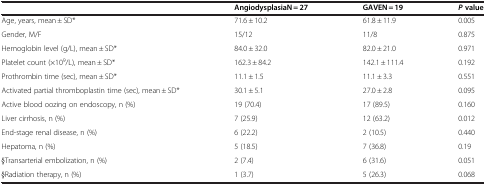
<table><thead><tr><td><b> </b></td><td><b>AngiodysplasiaN = 27</b></td><td><b>GAVEN = 19</b></td><td><b><i>P</i> value</b></td></tr></thead><tbody><tr><td>Age, years, mean ± SD*</td><td>71.6 ± 10.2</td><td>61.8 ± 11.9</td><td>0.005</td></tr><tr><td>Gender, M/F</td><td>15/12</td><td>11/8</td><td>0.875</td></tr><tr><td>Hemoglobin level (g/L), mean ± SD*</td><td>84.0 ± 32.0</td><td>82.0 ± 21.0</td><td>0.971</td></tr><tr><td>Platelet count (×10<sup>9</sup>/L), mean ± SD*</td><td>162.3 ± 84.2</td><td>142.1 ± 111.4</td><td>0.192</td></tr><tr><td>Prothrombin time (sec), mean ± SD*</td><td>11.1 ± 1.5</td><td>11.1 ± 3.3</td><td>0.551</td></tr><tr><td>Activated partial thromboplastin time (sec), mean ± SD*</td><td>30.1 ± 5.1</td><td>27.0 ± 2.8</td><td>0.095</td></tr><tr><td>Active blood oozing on endoscopy, n (%)</td><td>19 (70.4)</td><td>17 (89.5)</td><td>0.160</td></tr><tr><td>Liver cirrhosis, n (%)</td><td>7 (25.9)</td><td>12 (63.2)</td><td>0.012</td></tr><tr><td>End-stage renal disease, n (%)</td><td>6 (22.2)</td><td>2 (10.5)</td><td>0.440</td></tr><tr><td>Hepatoma, n (%)</td><td>5 (18.5)</td><td>7 (36.8)</td><td>0.19</td></tr><tr><td>§Transarterial embolization, n (%)</td><td>2 (7.4)</td><td>6 (31.6)</td><td>0.051</td></tr><tr><td>§Radiation therapy, n (%)</td><td>1 (3.7)</td><td>5 (26.3)</td><td>0.068</td></tr></tbody></table>